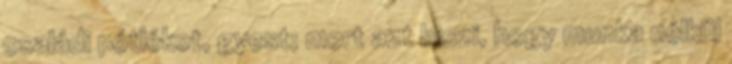
családi pótlékot, gyest; mert azt hiszi, hogy munka nélkül